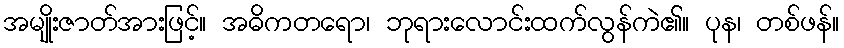
အမျိုးဇာတ်အားဖြင့်။ အဓိကတရော၊ ဘုရားလောင်းထက်လွန်ကဲ၏။ ပုန၊ တစ်ဖန်။